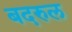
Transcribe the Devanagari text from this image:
बदरुल